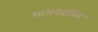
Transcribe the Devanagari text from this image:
सामवेदोस्मि